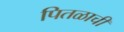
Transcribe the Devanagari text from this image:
पितळाची